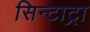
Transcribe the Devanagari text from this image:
सिन्टाट्रा